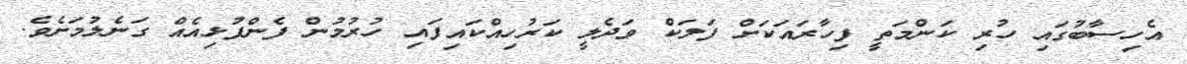
އެހިސާބުގައި ހުރި ކަންމަތީ ފިހާރައަކަށް ފަަލަކް ވަދެލީ ކަރުހިއްކައިފައި ހުރުމުން ފެންފުޅިއެއް ގަނެލުމަށެވެ.